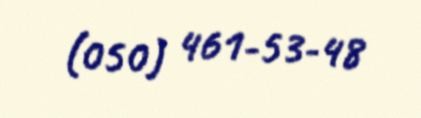
(050) 461-53-48